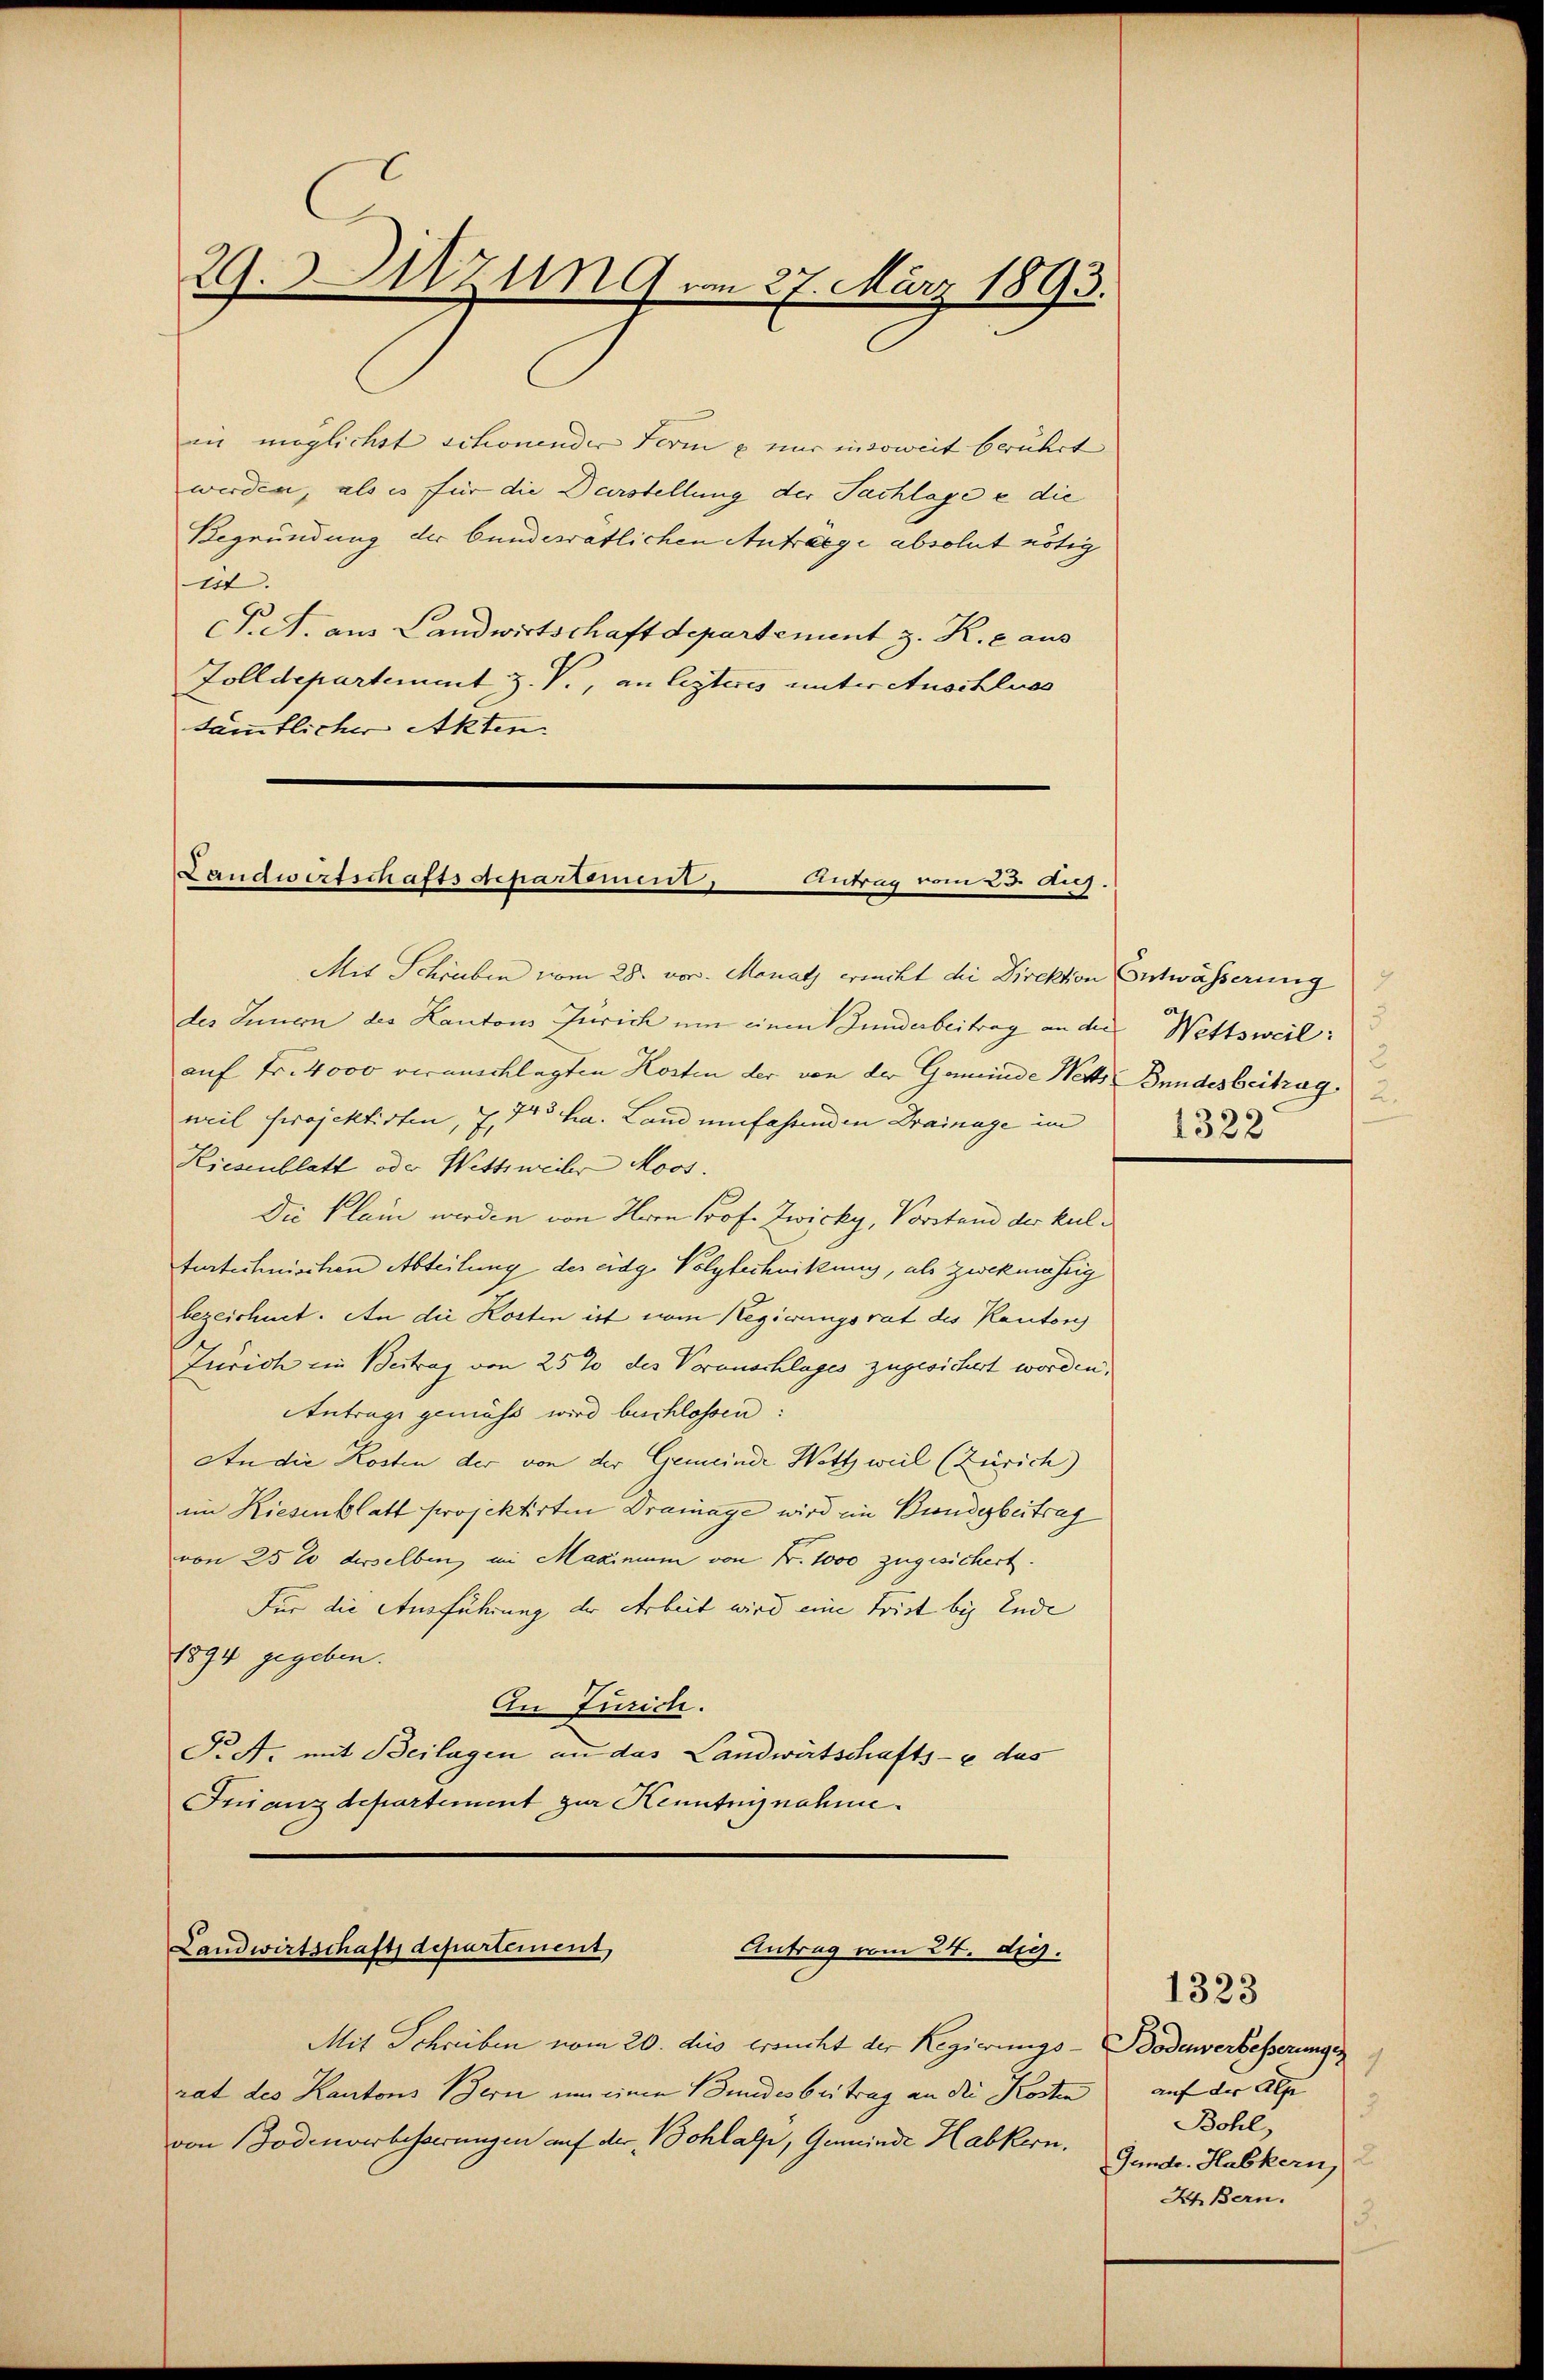
29.Utzung am 27. März 1893.

an möglichst schönender Form u. nur insoweit berührt
werden, als es für die Darstellung der Sachlage e die
Begründung der bundesratlichen Antrage absolut nötig
ist.
CP. A. aus Landwirtschaft departement z. R. c aus
Zolldepartement Z. V., an lezteres unter Anschluss
sämtlicher Akten.

Landwirtschaftsdepartement,
Antrag vom 23. Aug.

Mit Schriben vom 28. vor. Monath ersucht die Direktion Entwässerung
des Innern des Kantons Zürich um einen underbeitrag an der Wettsweil:
auf Fr. 4000 veranschlagten Kosten der von der Gemeinde Wetts Bundesbeitrag 2
weil Projektirten, 2, 743 ha. Land umfahrend in Drainage im
Kiesenblatt oder Wettsweiler Moos.
Die Plain werden von Herrn Prof. Zwicky, Vorstand der kulturtechnischen Abteilung der eidg. Volytechnikung, als zwekmässig
bezeichnet. An die Kosten ist vom Regierungsrat des Kantons
Zürich ein Beitrag von 25 % des Voranschlages zugesichert worden,
Antrage gemäss wird beschlossen:
An die Kosten der von der Gemeinde Wett weil (Zürich)
im Riesenblatt projektirten Drainage wird ein Bunderbeitrag
von 25 % derselben in Maximum von Fr. 1000 zugesichert.
Für die Ausführung der Arbeit wird eine Frist bis Ende
1894 gegeben.
An Zürich.
P.A. mit Beilagen an das Landwirtschafts- u. das
Frinanzdepartement zur Kenntnisnahme.

Landwirtschaft departement,
Antrag vom 24. d.

Mit Schreiben vom 20. dies ersucht der Regierungs- Bodenwerbesserungen
rat des Kantons Bern um einen Bundesbeitrag an die Kosten, auf der Alp
von Bodenverbesserungen auf der Bohlalp, Gemeinde Habkern. Gunde. Habskern,

1
3
1322

1323
3.
Bohl,
Ah Bern.
3.